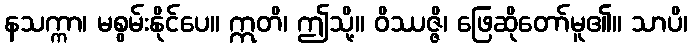
နသက္ကာ၊ မစွမ်းနိုင်ပေ။ ဣတိ၊ ဤသို့။ ဝိဿဇ္ဇိ၊ ဖြေဆိုတော်မူ၏။ သာပိ၊